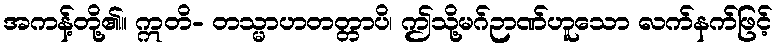
အကန့်တို့၏။ ဣတိ- တသ္မာဟတတ္တာပိ၊ ဤသို့မဂ်ဉာဏ်ဟူသော လက်နက်ဖြင့်